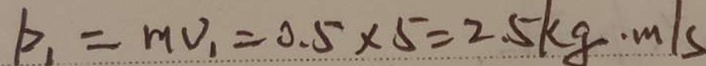
p _ { 1 } = m V _ { 1 } = 0 . 5 \times 5 = 2 . 5 k g \cdot m / s